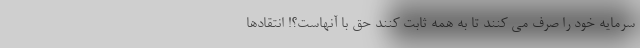
سرمایه خود را صرف می کنند تا به همه ثابت کنند حق با آنهاست؟! انتقادها